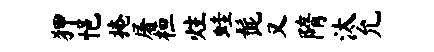
狎悒掩屠桓炷蛙髭又隋汰允